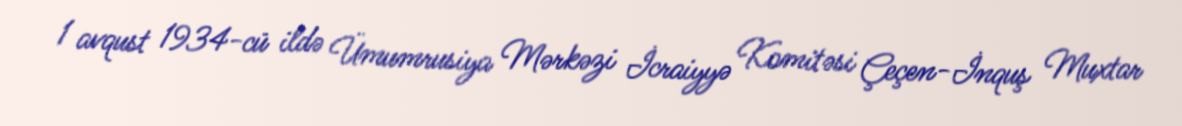
1 avqust 1934-cü ildə Ümumrusiya Mərkəzi İcraiyyə Komitəsi Çeçen-İnquş Muxtar